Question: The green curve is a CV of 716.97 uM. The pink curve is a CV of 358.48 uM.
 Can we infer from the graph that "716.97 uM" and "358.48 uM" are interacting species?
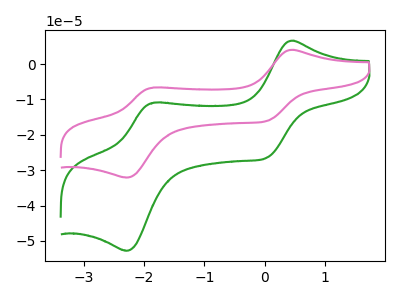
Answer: <think>The green curve "716.97 uM" has anodic peaks at (0.45V, 6.60uA) (-1.85V, -10.90uA) and cathodic peaks at (0.05V, -26.50uA) (-2.30V, -52.75uA). The pink curve "358.48 uM" has anodic peaks at (0.45V, 4.00uA) (-1.85V, -6.65uA) and cathodic peaks at (0.05V, -16.15uA) (-2.30V, -32.05uA).
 All the peaks in "716.97 uM" have a peak in "358.48 uM" at the same potential.</think>
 <answer>No, "716.97 uM" and "358.48 uM" don't appear to be significantly different in shape</answer>
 <eval>no_change</eval>